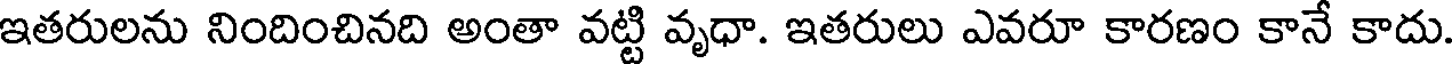
ఇతరులను నిందించినది అంతా వట్టి వృధా. ఇతరులు ఎవరూ కారణం కానే కాదు.